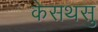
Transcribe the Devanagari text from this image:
केसथसु